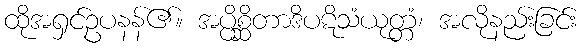
ထိုအရှင်ဥပနန်၏။ အပ္ပိစ္ဆိတာဒိပဋိသံယုတ္တံ၊ အလိုနည်းခြင်း